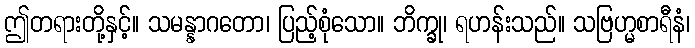
ဤတရားတို့နှင့်။ သမန္နာဂတော၊ ပြည့်စုံသော။ ဘိက္ခု၊ ရဟန်းသည်။ သဗြဟ္မစာရီနံ၊